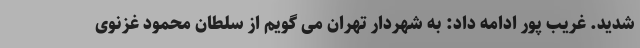
شدید. غریب پور ادامه داد: به شهردار تهران می گویم از سلطان محمود غزنوی